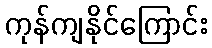
ကုန်ကျနိုင်ကြောင်း